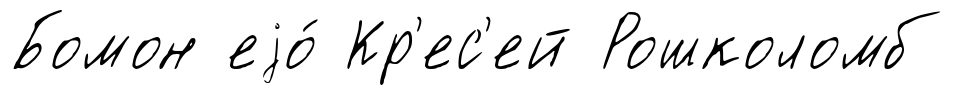
Бомон еjо́ Кр'ес'ей Рошколомб